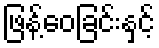
ဖြန့်ဝေခြင်းနှင့်